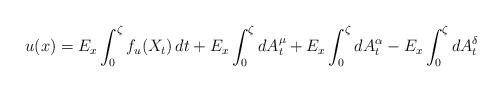
\begin{align*}u(x)=E_{x}\int_0^{\zeta}f_u(X_t)\,dt+E_x\int_0^{\zeta}dA^{\mu}_t+E_x\int_0^{\zeta}dA^{\alpha}_t-E_x\int_0^{\zeta}dA^{\delta}_t\end{align*}